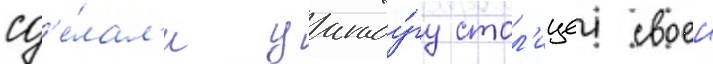
сд'е́лал'и уагаду́гу стол'ицеи своеи